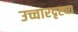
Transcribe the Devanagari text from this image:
उच्चारदृष्ट्या